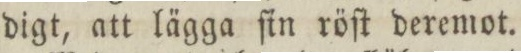
digt, att lägga ſin röſt deremot.